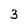
Character: 3